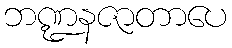
ဘဏ္ဍနဇာတာပေ